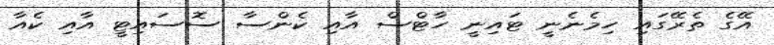
އޭގެ ތެރޭގައި ހިމެނެނީ ޓައިނީ ހާޓްސް އާއި ކެންސާ ސޮސައިޓީ އާއި ކެއާ